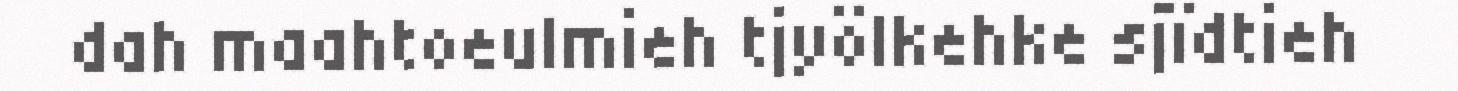
dah maahtoeulmieh tjyölkehke sjïdtieh